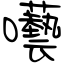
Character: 囈